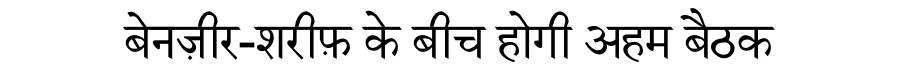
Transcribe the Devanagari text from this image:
बेनज़ीर-शरीफ़ के बीच होगी अहम बैठक